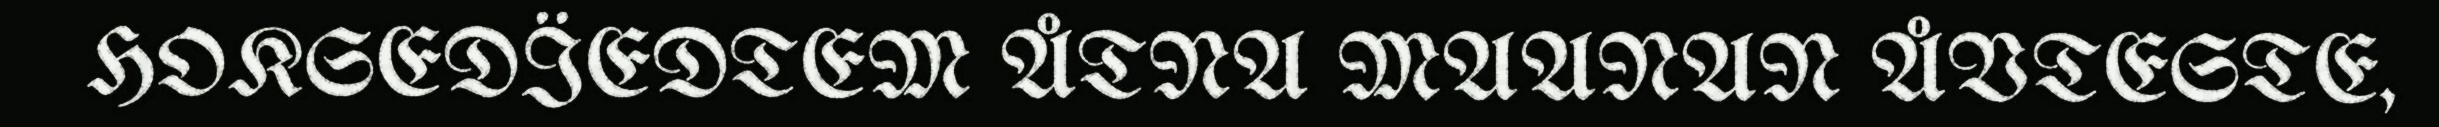
HOKSEDÏEDTEM ÅTNA MAANAN ÅVTESTE,